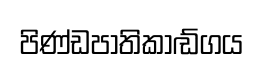
පිණ්ඩපාතිකාඬ්ගය